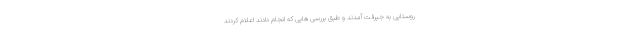
روستایی به جیرفت آمدند و طبق بررسی هایی که انجام دادند اعلام کردند